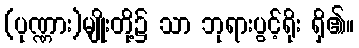
(ပုဏ္ဏား)မျိုးတို့၌ သာ ဘုရားပွင့်ရိုး ရှိ၏။